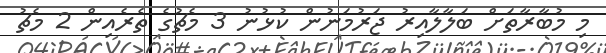
މި މުބާރާތަށް ބަލާލާއިރު ޖަރުމަނުން ކުޅުނު 3 މެޗުގެ ތެރެއިން 2 މެޗު